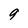
Character: 9